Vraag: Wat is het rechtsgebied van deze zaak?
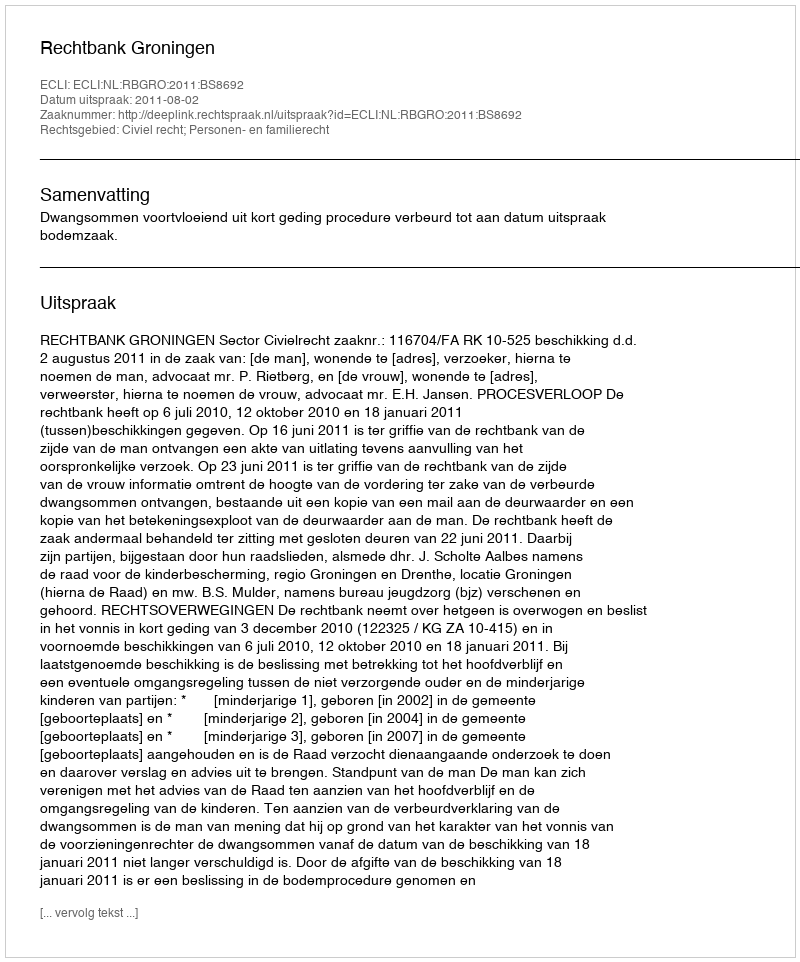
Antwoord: Civiel recht; Personen- en familierecht